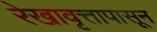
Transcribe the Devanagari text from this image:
रेखावृत्तापासून